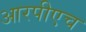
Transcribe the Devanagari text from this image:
आरपीएच